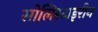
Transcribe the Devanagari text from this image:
सोलिस्टाइरीन